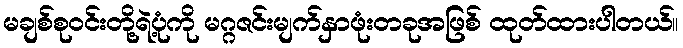
မချစ်စုဝင်းတို့ရဲ့ပုံကို မဂ္ဂဇင်းမျက်နှာဖုံးတခုအဖြစ် ထုတ်ထားပါတယ်။